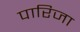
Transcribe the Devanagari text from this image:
पारिजा